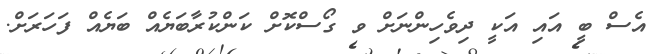
އެސް ބީ އައި އަކީ ދިވެހިންނަށް ވ ގޯސްކޮށް ކަންކުރާބަޔެއް ބަޔެއް ފަހަރަށް.